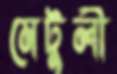
মেটুলী